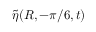
\tilde { \eta } ( R , - \pi / 6 , t )